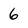
Character: 6